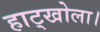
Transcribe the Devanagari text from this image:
हाट्खोला।